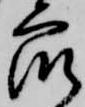
衆